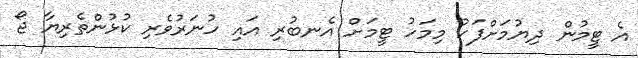
އެ ޓީމުން ދިޔުމަށްފަހު މިމަހު ޓީމަށް އެނބުރި އައި ހުނަރުވެރި ކުޅުންތެރިޔާ ޖޯ